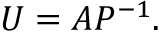
U = A P ^ { - 1 } .